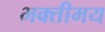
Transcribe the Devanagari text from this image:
भक्तीमय